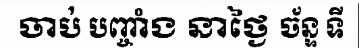
ចាប់ បញ្ចាំង នាថ្ងៃ ច័ន្ទ ទី